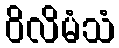
ဝိလိမံသံ